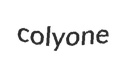
colyone